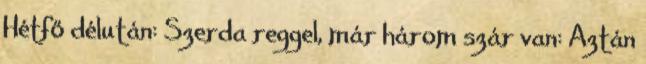
Hétfő délután: Szerda reggel, már három szár van: Aztán